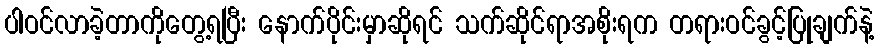
ပါဝင်လာခဲ့တာကိုတွေ့ရပြီး နောက်ပိုင်းမှာဆိုရင် သက်ဆိုင်ရာအစိုးရက တရားဝင်ခွင့်ပြုချက်နဲ့